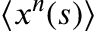
\langle x ^ { n } ( s ) \rangle